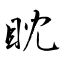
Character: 眈